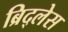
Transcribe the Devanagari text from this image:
ब्रिद्लेस